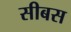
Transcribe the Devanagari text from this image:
सीबस